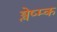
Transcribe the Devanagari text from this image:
श्लेष्म्क